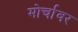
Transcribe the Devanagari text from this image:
मोर्चावर